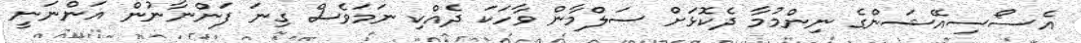
އެސޯސިއޭޝަންގެ ނިންމުމާ ދެކޮޅަށް ސަލްމާން ވާހަކަ ދެއްކި ނަމަވެސް ގިނަ ފަންނާނުން އަންނަނީ